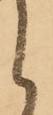
く